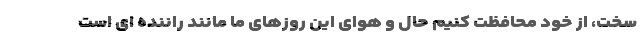
سخت، از خود محافظت کنیم حال و هوای این روزهای ما مانند راننده ای است